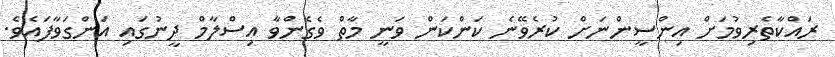
ރައްކާތެރިވުމަށް އިންސީންނަށް ކުރެވޭނެ ކަންކަން ވަނީ މާތް ވެގެންވާ އިސްލާމް ދީނުގައި އަންގަވާފައެވެ.